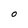
Character: 0